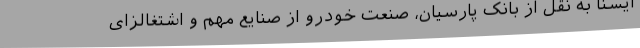
ایسنا به نقل از بانک پارسیان، صنعت خودرو از صنایع مهم و اشتغالزای